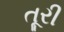
તૂરી